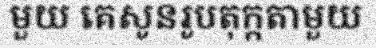
មួយ គេសូនរូបតុក្កតាមួយ